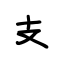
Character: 支